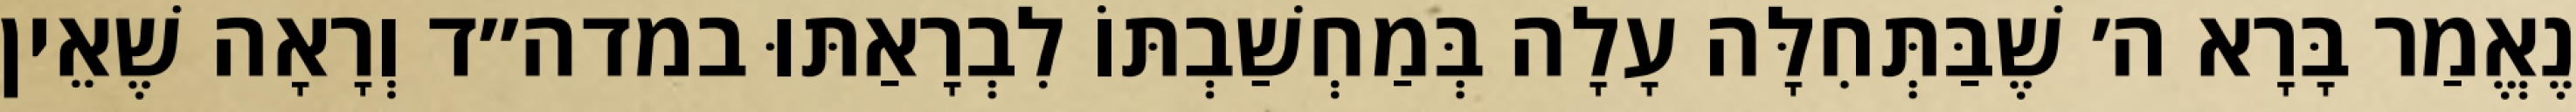
נֶאֱמַר בָּרָא ה׳ שֶׁבַּתְּחִלָּה עָלָה בְּמַחְשַׁבְתּוֹ לִבְרָאַתּוּ במדה״ד וְרָאָה שֶׁאֵין